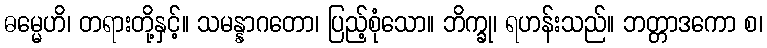
ဓမ္မေဟိ၊ တရားတို့နှင့်။ သမန္နာဂတော၊ ပြည့်စုံသော။ ဘိက္ခု၊ ရဟန်းသည်။ ဘတ္တာဒကော စ၊